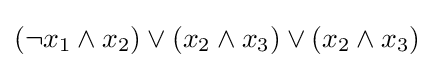
(\neg x_{1}\wedge x_{2})\vee (x_{2}\wedge x_{3})\vee (x_{2}\wedge x_{3})